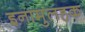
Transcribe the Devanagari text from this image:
इनामुलहक